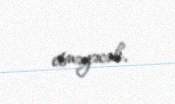
etməyəcək.